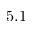
5 . 1